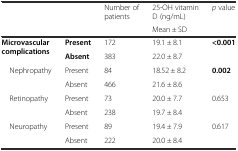
<table><thead><tr><td rowspan="2" colspan="2"></td><td><b>Number of patients</b></td><td><b>25-OH vitamin D (ng/mL)</b></td><td rowspan="2"><b><i>p</i> value</b></td></tr><tr><td></td><td><b>Mean ± SD</b></td></tr></thead><tbody><tr><td rowspan="2"><b>Microvascular complications</b></td><td><b>Present</b></td><td>172</td><td>19.1 ± 8.1</td><td rowspan="2"><b>&lt;0.001</b></td></tr><tr><td><b>Absent</b></td><td>383</td><td>22.0 ± 8.7</td></tr><tr><td rowspan="2"> Nephropathy</td><td>Present</td><td>84</td><td>18.52 ± 8.2</td><td rowspan="2"><b>0.002</b></td></tr><tr><td>Absent</td><td>466</td><td>21.6 ± 8.6</td></tr><tr><td rowspan="2"> Retinopathy</td><td>Present</td><td>73</td><td>20.0 ± 7.7</td><td rowspan="2">0.653</td></tr><tr><td>Absent</td><td>238</td><td>19.7 ± 8.4</td></tr><tr><td rowspan="2"> Neuropathy</td><td>Present</td><td>89</td><td>19.4 ± 7.9</td><td rowspan="2">0.617</td></tr><tr><td>Absent</td><td>222</td><td>20.0 ± 8.4</td></tr></tbody></table>